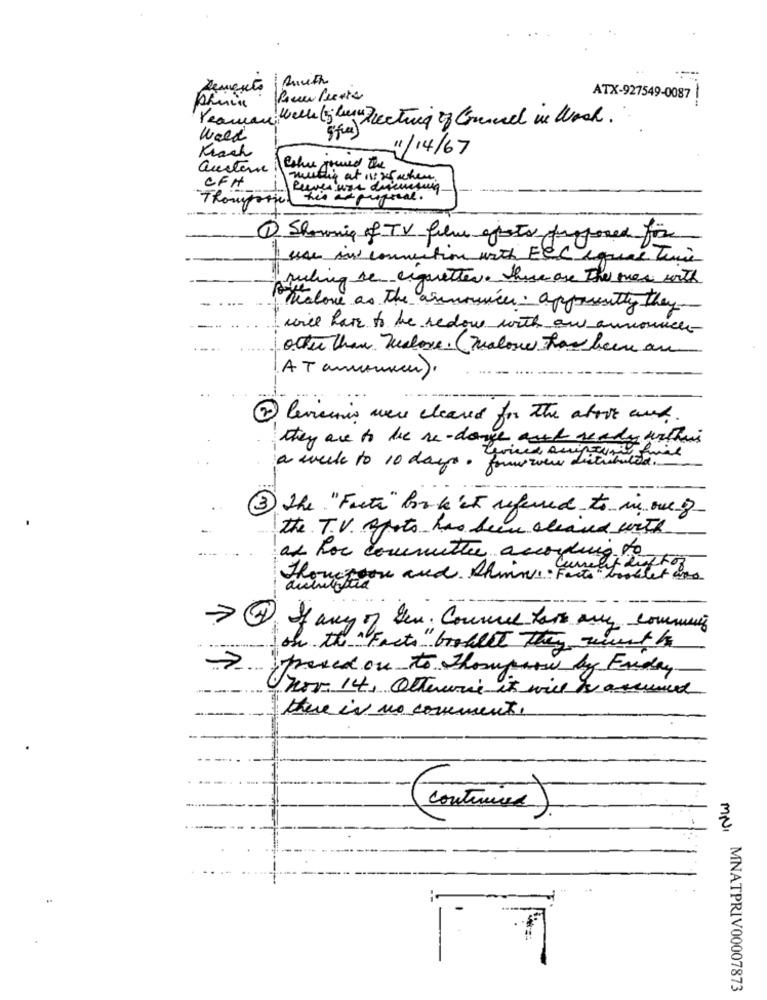
--
Demento
ATX-927549-0087
etui of Grund in Wok .
Week
11/14/67
Krach
auctore
Che jouved the
mutig at ns x5 when
CFH
Thomporie!
his asproperal .
1 Showing of TV film effets proposed for
I use in connection with ECC equal Time
ruling se ciquettes. These are The mes with
Thelone as the announces . apparently they
will have to be redow with aw announces-
other than Jealors. (malone has been an
AT amimuch)
Revisuns were cleared for the above and
-
they are to be re-dange ready withus
a week to 10 days. forw wew distributed
3 The "Facts" look at referred to in one of
the T.V. afoto has been cleared with
as hoe committee according to
Current Ruf For
Thompson and shine Fact booklet was
- --
4
If any of Sev. Connue for any comming
on the "Facts " booklet They recent hs
preved on to Thomparw by Friday
nor 14, Otherwise it will be assumed
there is no comment.
( Internet)
MN, MNATPRIV00007873